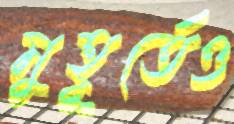
মুহূর্তেও